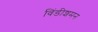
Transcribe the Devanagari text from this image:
विंडीशमन